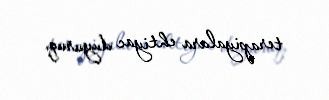
terapiyalara ehtiyac duyuruq.